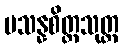
ပသန္နစိတ္တသုတ္တ